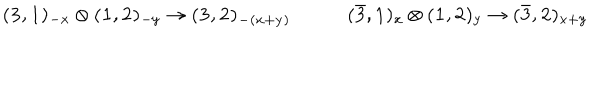
{ \bf ( 3 , 1 ) _ { - x } \otimes ( 1 , 2 ) _ { - y } \rightarrow ( 3 , 2 ) _ { - ( x + y ) } } \qquad \quad { \bf ( \bar { 3 } , 1 ) _ { x } \otimes ( 1 , 2 ) _ { y } \rightarrow ( \bar { 3 } , 2 ) _ { x + y } }